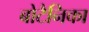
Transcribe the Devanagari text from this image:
बोटैनिका